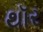
થૉર